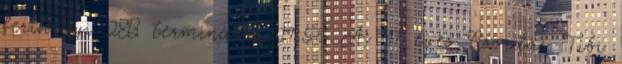
ferihegyi 2B terminálon 19:55 A 47 éves Csordás Tibi